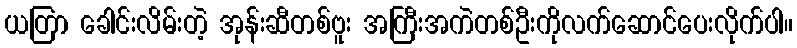
ယတြာ ခေါင်းလိမ်းတဲ့ အုန်းဆီတစ်ဗူး အကြီးအကဲတစ်ဦးကိုလက်ဆောင်ပေးလိုက်ပါ။